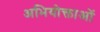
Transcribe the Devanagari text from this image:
अभियोक्ताओं